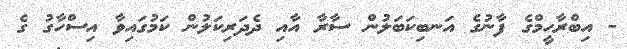
- އިބްރާހީމްގެ ފާނުގެ އަނބިކަބަލުން ސާރާ އާއި ދެދަރިކަލުން ކަމުގައިވާ އިސްހާގު ގެ